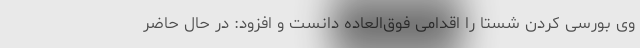
وی بورسی کردن شستا را اقدامی فوق‌العاده دانست و افزود: در حال حاضر